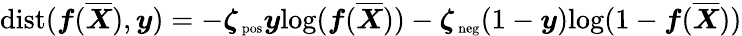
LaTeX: \mathrm{dist}(\boldsymbol f(\overline{{\boldsymbol X}}),\boldsymbol y)=-\boldsymbol\zeta_{\mathrm{\scriptsize~pos}}\boldsymbol y\mathrm{log}(\boldsymbol f(\overline{{\boldsymbol X}}))-\boldsymbol\zeta_{\mathrm{\scriptsize~neg}}(1-\boldsymbol y)\mathrm{log}(1-\boldsymbol f(\overline{{\boldsymbol X}}))